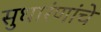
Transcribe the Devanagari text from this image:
सुधारंणांचे